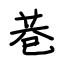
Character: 巷